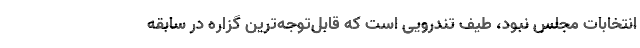
انتخابات مجلس نبود، طیف تندرویی است که قابل‌توجه‌ترین گزاره در سابقه